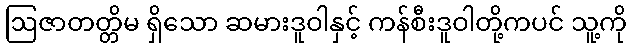
ဩဇာတတ္တိမ ရှိသော ဆမားဒူဝါနှင့် ကန်စီးဒူဝါတို့ကပင် သူ့ကို